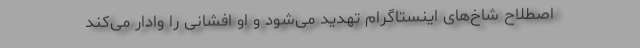
اصطلاح شاخ‌های اینستاگرام تهدید می‌شود و او افشانی را وادار می‌کند